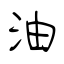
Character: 油